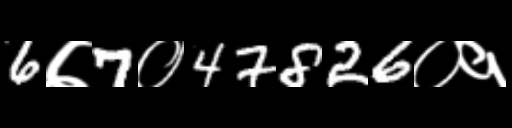
Text: 6७7०47826०१